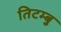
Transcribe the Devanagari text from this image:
तिटम्बु